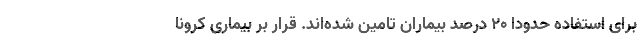
برای استفاده حدودا ۲۰ درصد بیماران تامین شده‌اند. قرار بر بیماری کرونا